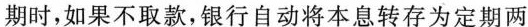
期时，如果不取款，银行自动将本息转存为定期两